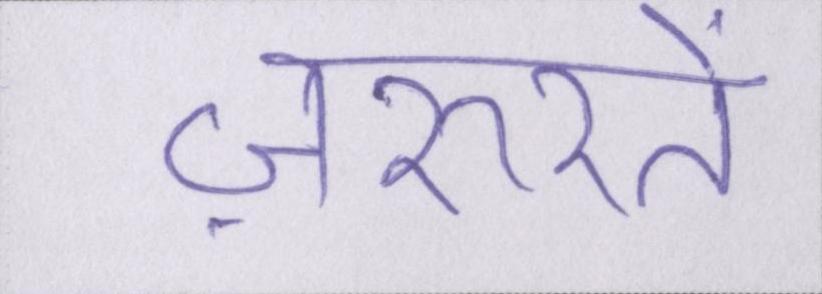
ज़रूरतें